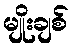
မျိုးချစ်